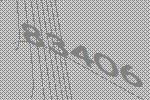
83406